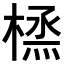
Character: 𪳜